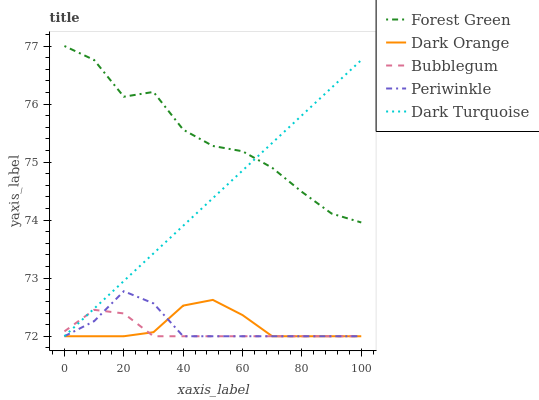
| xaxis_label | Forest Green | Dark Orange | Bubblegum | Periwinkle | Dark Turquoise |
 | --- | --- | --- | --- | --- | --- |
 | 0 | 77 | 72 | 72.1 | 72 | 72 |
 | 10 | 76.8 | 72 | 72.5 | 72.3 | 72.5 |
 | 20 | 76.1 | 72 | 72.4 | 72.8 | 73 |
 | 30 | 76.2 | 72.1 | 72 | 72.6 | 73.4 |
 | 40 | 75.6 | 72.5 | 72 | 72 | 73.9 |
 | 50 | 75.3 | 72.6 | 72 | 72 | 74.4 |
 | 60 | 75.2 | 72.4 | 72 | 72 | 74.9 |
 | 70 | 74.9 | 72 | 72 | 72 | 75.3 |
 | 80 | 74.5 | 72 | 72 | 72 | 75.8 |
 | 90 | 74.1 | 72 | 72 | 72 | 76.3 |
 | 100 | 74 | 72 | 72 | 72 | 76.8 |